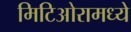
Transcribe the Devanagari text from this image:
मिटिओरामध्ये